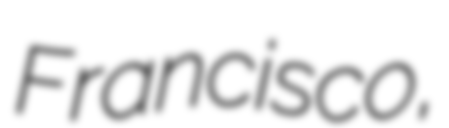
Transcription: Francisco,